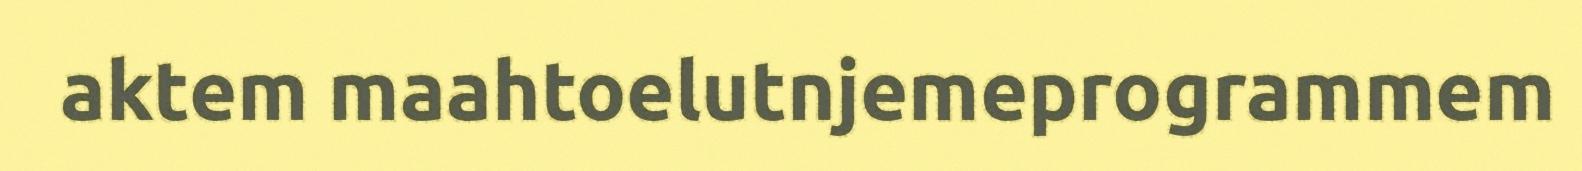
aktem maahtoelutnjemeprogrammem